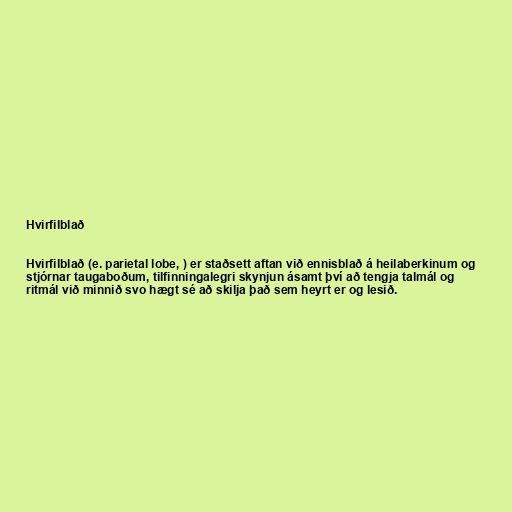
Hvirfilblað

Hvirfilblað (e. parietal lobe, ) er staðsett aftan við ennisblað á heilaberkinum og
stjórnar taugaboðum, tilfinningalegri skynjun ásamt því að tengja talmál og
ritmál við minnið svo hægt sé að skilja það sem heyrt er og lesið.